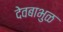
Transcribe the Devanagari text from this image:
देवबाभुळ